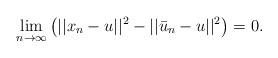
LaTeX: \begin{align*}\lim_{n\to\infty}\left(||x_n-u||^2-||\bar{u}_n-u||^2\right)=0.\end{align*}